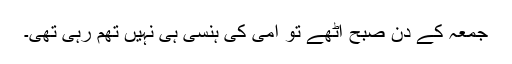
جمعہ کے دن صبح اٹھے تو امی کی ہنسی ہی نہیں تھم رہی تھی۔